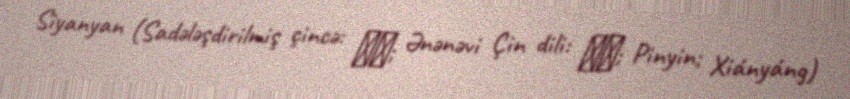
Siyanyan (Sadələşdirilmiş çincə: 咸阳; Ənənəvi Çin dili: 咸陽; Pinyin; Xiányáng)